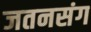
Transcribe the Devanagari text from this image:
जतनसंग